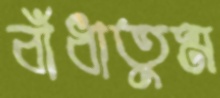
বাঁধাতুম